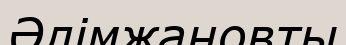
Әлімжановты